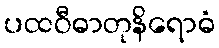
ပထဝီဓာတုနိရောဓံ